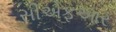
સીએફઆર